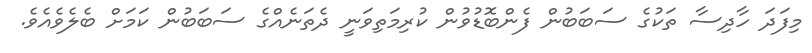
މިފަދަ ހާދިސާ ތަކުގެ ސަބަބުން ފެންބޮޑުވުން ކުރިމަތިވަނީ ދެތަނެއްގެ ސަބަބުން ކަމަށް ބެލެވެއެވެ.